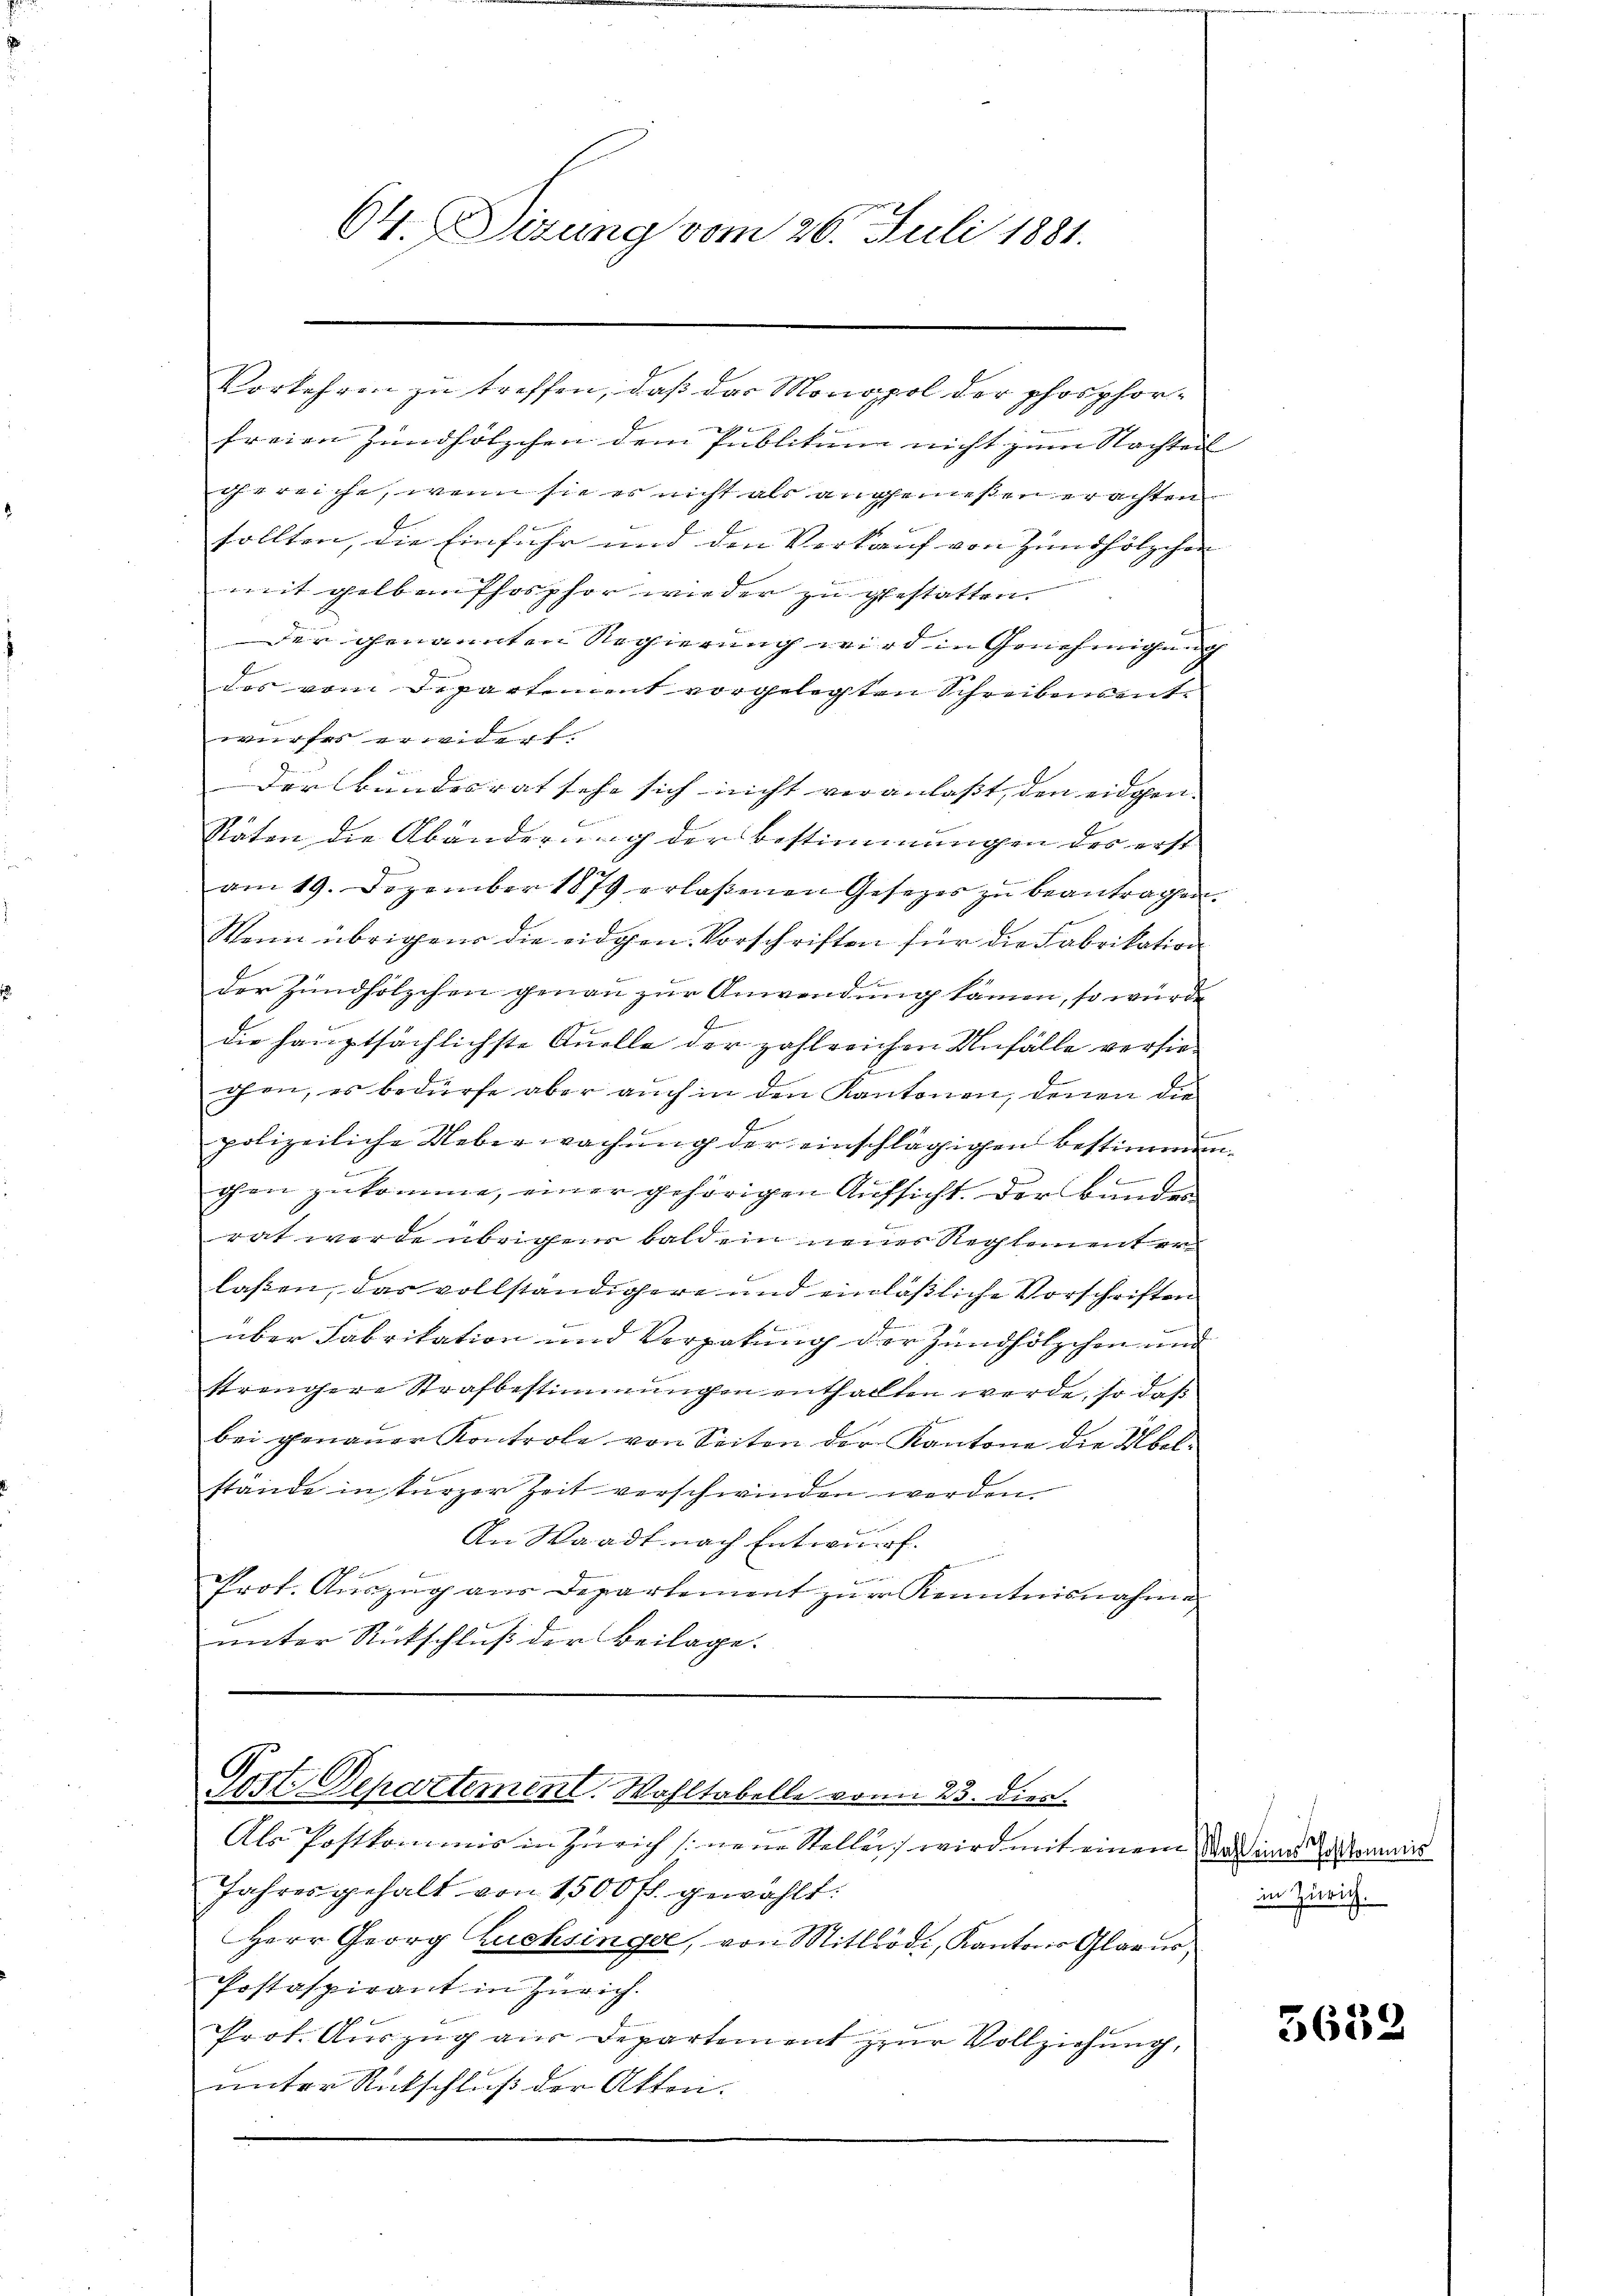
64. Sizung vom 26. Juli 1881.

Vorkehren zu treffen, daß das Monopol der phosphor¬
1
freien Zündhölzchen dem Publikum nicht zum Nachteil
gereiche, wenn sie es nicht als angemeßen erachten
sollten, die Einfuhr und den Verkauf von Zündhölzchen
mit gelben hosphor wieder zu gestatten.
Der genannten Regierung wird in Genehmigung
das vom Departement vorgelegten Schreibensente
wurfes erwidert.
Der Bundesrat sehe sich nicht veranlasst, den eidigen |
Räten die Abänderung der Bestimmungen des erst
am 19. Dezember 1879 erlaßenen Gesetzes zu beantragen.
Wann übrigen die eidgen. Vorschriften für die Fabrikation
der Zündhölzchen genau zur Anwendung kämen, so wurde
f
die hauptsächlichste Quelle der zahlreichen Unfälle versie¬
2.
chen, es bedürfe aber auch in den Kantonen, denen die
polizeiliche Ueberwachung der einschlägigen Bestimmen
.
chen zukomme, einer gehörigen Aufsicht. Der Bunder
rat werde übrigen bald ein neuer Rechtenent er
laßen, das vollständigere und einläßliche Vorschriften
t
über Fabrikation und Verpakung der Zündhölzchen und
strengere Strafbestimmungen enthalten werde, so daß
bei genaŭer Kontrole von Seiten der Kantone die Übel-
stände in kurzer Zeit verschwinden werden.
An Waadt nach Entwurf.
u
Prot. Auszug aus Departement zur Kenntnisnahme
unter Rückschluß der Beilage.

Gott Departement. Wohltabelle von 23. Dien

Als Postkommis in Zürich neue Steller) wird mit einem Stadt und Vorkommis
Jahres gehalt von 1500 fl. gewählt:
Herr Georg Zuchsinge, von Mitllodi, Kantons Glarus,
Postaspirant in Zürich.
Prot. Aŭszŭg aŭs Departement zŭr Vollziehung,
unter Rückschluß der Akten.

i

in Zürich.

5632